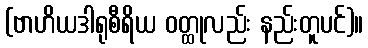
(ဗာဟိယဒါရုစီရိယ ဝတ္ထုလည်း နည်းတူပင်)။